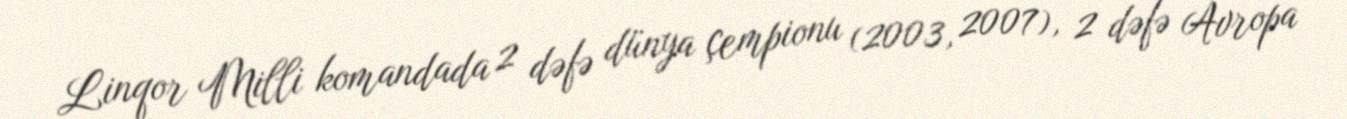
Linqor Milli komandada 2 dəfə dünya çempionu (2003, 2007), 2 dəfə Avropa